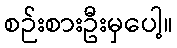
စဉ်းစားဦးမှပေါ့။